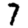
Digit: 7